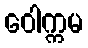
ဝေါက္ကမ